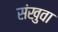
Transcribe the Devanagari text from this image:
संखुवा